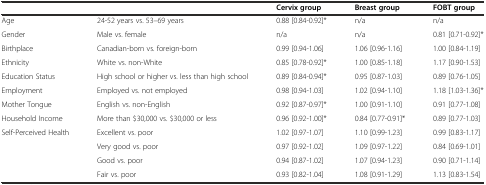
|  |  | Cervix group | Breast group | FOBT group |
 | --- | --- | --- | --- | --- |
 | Age | 24-52 years vs. 53–69 years | 0.88 [0.84-0.92]* | n/a | n/a |
 | Gender | Male vs. female | n/a | n/a | 0.81 [0.71-0.92]* |
 | Birthplace | Canadian-born vs. foreign-born | 0.99 [0.94-1.06] | 1.06 [0.96-1.16] | 1.00 [0.84-1.19] |
 | Ethnicity | White vs. non-White | 0.85 [0.78-0.92]* | 1.00 [0.85-1.18] | 1.17 [0.90-1.53] |
 | Education Status | High school or higher vs. less than high school | 0.89 [0.84-0.94]* | 0.95 [0.87-1.03] | 0.89 [0.76-1.05] |
 | Employment | Employed vs. not employed | 0.98 [0.94-1.03] | 1.02 [0.94-1.10] | 1.18 [1.03-1.36]* |
 | Mother Tongue | English vs. non-English | 0.92 [0.87-0.97]* | 1.00 [0.91-1.10] | 0.91 [0.77-1.08] |
 | Household Income | More than $30,000 vs. $30,000 or less | 0.96 [0.92-1.00]* | 0.84 [0.77-0.91]* | 0.89 [0.77-1.03] |
 | Self-Perceived Health | Excellent vs. poor | 1.02 [0.97-1.07] | 1.10 [0.99-1.23] | 0.99 [0.83-1.17] |
 |  | Very good vs. poor | 0.97 [0.92-1.02] | 1.09 [0.97-1.22] | 0.84 [0.69-1.01] |
 |  | Good vs. poor | 0.94 [0.87-1.02] | 1.07 [0.94-1.23] | 0.90 [0.71-1.14] |
 |  | Fair vs. poor | 0.93 [0.82-1.04] | 1.08 [0.91-1.29] | 1.13 [0.83-1.54] |